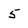
Character: 5